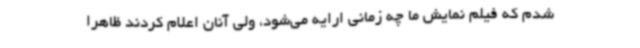
شدم که فیلم نمایش ما چه زمانی ارایه می‌شود، ولی آنان اعلام کردند ظاهرا